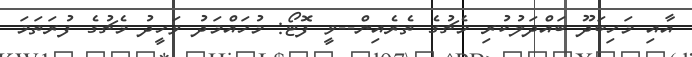
އާއި މަހިބަދޫ ބައްދަލުކުރި މެޗުގެ ތެރެއިން--ވީ ފޮޓޯ: މުހައްމަދު ވަހީދު މެޗުގެ ފުރަތަމަ